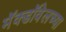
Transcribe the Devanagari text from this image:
मॅक्डॉवेलच्या